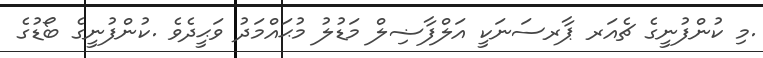
.މި ކުންފުނީގެ ޗެއަރ ޕާރސަނަކީ އަލްފާޟިލް މަޑުލު މުޙައްމަދު ވަޙީދެވެ .ކުންފުނީގެ ބޯޑުގެ